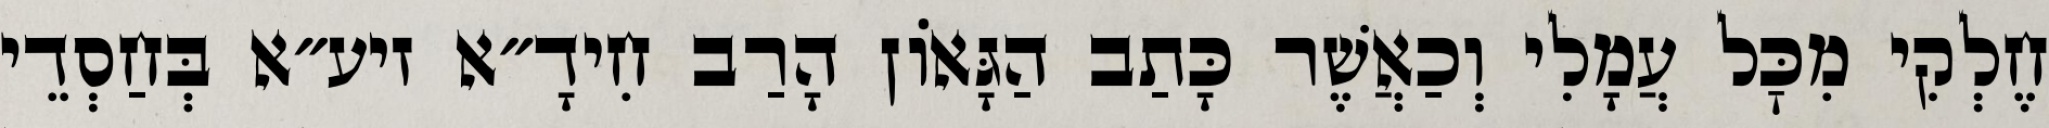
חֶלְקִי מִכׇּל עֲמָלִי וְכַאֲשֶׁר כָּתַב הַגָּאוֹן הָרַב חִידָ״א זיע״א בְּחַסְדֵי